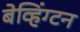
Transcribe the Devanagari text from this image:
बेव्हिंग्टन